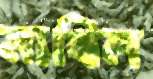
মাখিল